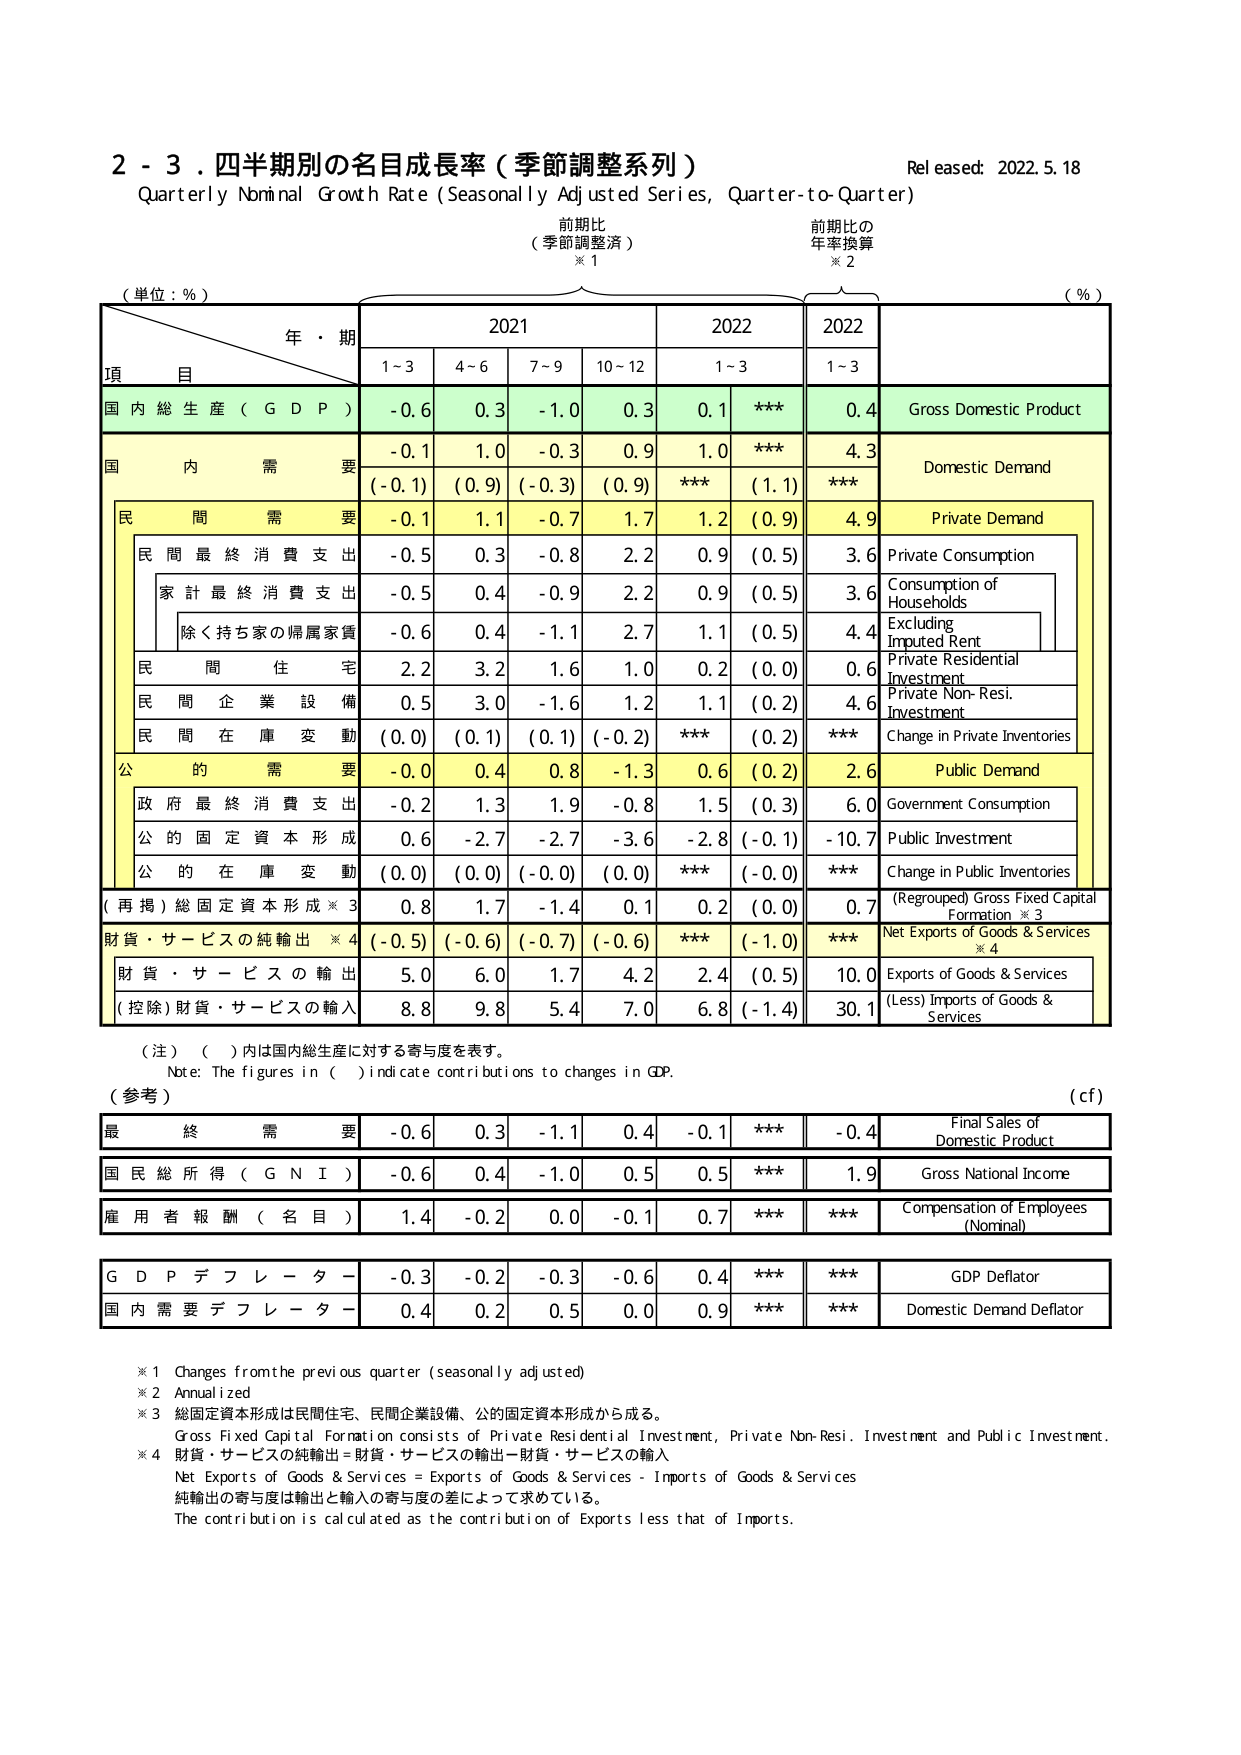
2 - 3. 四半期別の名目成長率（季節調整系列）
Quarterly Nominal Growth Rate (Seasonally Adjusted Series, Quarter-to-Quarter)
Released: 2022.5.18

（単位：%）
前 期 比
（季節調整済）
※1
前 期 比 の
年率換算
※2
（%）

年・期
2021
2022
2022
項 目
1~3
4~6
7~9
10~12
1~3
1~3

国 内 総 生 産 （ G D P ）
-0.6
0.3
-1.0
0.3
0.1
***
0.4
Gross Domestic Product

国 内 需 要
-0.1
1.0
-0.3
0.9
1.0
***
4.3
Domestic Demand
(-0.1)
(0.9)
(-0.3)
(0.9)
***
(1.1)
***

民 間 需 要
-0.1
1.1
-0.7
1.7
1.2
(0.9)
4.9
Private Demand

民 間 最 終 消 費 支 出
-0.5
0.3
-0.8
2.2
0.9
(0.5)
3.6
Private Consumption

家 計 最 終 消 費 支 出
-0.5
0.4
-0.9
2.2
0.9
(0.5)
3.6
Consumption of Households

除く持ち家の帰属家賃
-0.6
0.4
-1.1
2.7
1.1
(0.5)
4.4
Excluding Imputed Rent

民 間 住 宅
2.2
3.2
1.6
1.0
0.2
(0.0)
0.6
Private Residential Investment

民 間 企 業 設 備
0.5
3.0
-1.6
1.2
1.1
(0.2)
4.6
Private Non-Resi. Investment

民 間 在 庫 変 動
(0.0)
(0.1)
(0.1)
(-0.2)
***
(0.2)
***
Change in Private Inventories

公 的 需 要
-0.0
0.4
0.8
-1.3
0.6
(0.2)
2.6
Public Demand

政 府 最 終 消 費 支 出
-0.2
1.3
1.9
-0.8
1.5
(0.3)
6.0
Government Consumption

公 的 固 定 資 本 形 成
0.6
-2.7
-2.7
-3.6
-2.8
(-0.1)
-10.7
Public Investment

公 的 在 庫 変 動
(0.0)
(0.0)
(-0.0)
(0.0)
***
(-0.0)
***
Change in Public Inventories

（再掲）総固定資本形成※3
0.8
1.7
-1.4
0.1
0.2
(0.0)
0.7
(Regrouped) Gross Fixed Capital Formation ※3

財貨・サービスの純輸出※4
(-0.5)
(-0.6)
(-0.7)
(-0.6)
***
(-1.0)
***
Net Exports of Goods & Services ※4

財貨・サービスの輸出
5.0
6.0
1.7
4.2
2.4
(0.5)
10.0
Exports of Goods & Services

（控除）財貨・サービスの輸入
8.8
9.8
5.4
7.0
6.8
(-1.4)
30.1
(Less) Imports of Goods & Services

（注）（ ）内は国内総生産に対する寄与度を表す。
Note: The figures in ( ) indicate contributions to changes in GDP.

（参考）
(c f)

最 終 需 要
-0.6
0.3
-1.1
0.4
-0.1
***
-0.4
Final Sales of Domestic Product

国 民 総 所 得 （ G N I ）
-0.6
0.4
-1.0
0.5
0.5
***
1.9
Gross National Income

雇 用 者 報 酬 （ 名 目 ）
1.4
-0.2
0.0
-0.1
0.7
***
***
Compensation of Employees (Nominal)

G D P デ フ レ ー タ ー
-0.3
-0.2
-0.3
-0.6
0.4
***
***
GDP Deflator

国 内 需 要 デ フ レ ー タ ー
0.4
0.2
0.5
0.0
0.9
***
***
Domestic Demand Deflator

※1 Changes from the previous quarter (seasonally adjusted)
※2 Annualized
※3 総固定資本形成は民間住宅、民間企業設備、公的固定資本形成から成る。
Gross Fixed Capital Formation consists of Private Residential Investment, Private Non-Resi. Investment and Public Investment.
※4 財貨・サービスの純輸出＝財貨・サービスの輸出－財貨・サービスの輸入
Net Exports of Goods & Services = Exports of Goods & Services - Imports of Goods & Services
純輸出の寄与度は輸出と輸入の寄与度の差によって求めている。
The contribution is calculated as the contribution of Exports less that of Imports.